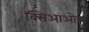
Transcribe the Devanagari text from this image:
क्सिआओलू